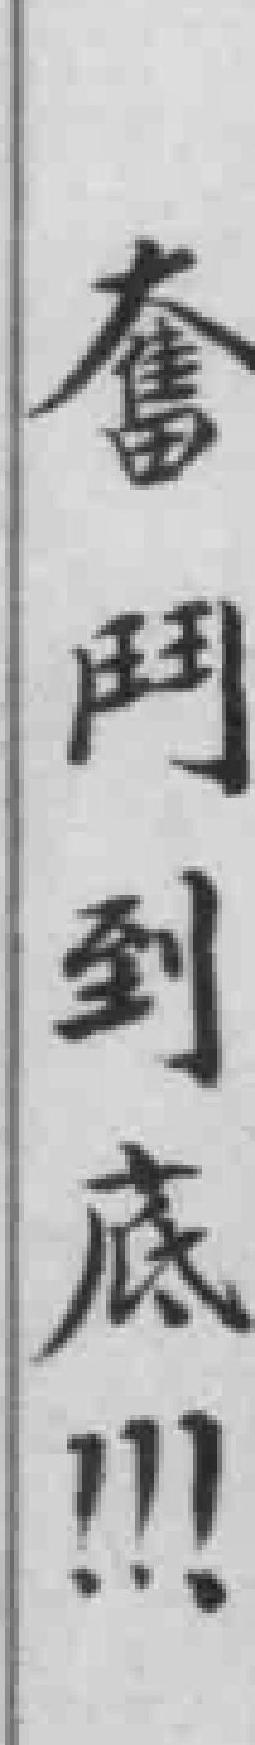
奮鬥到底